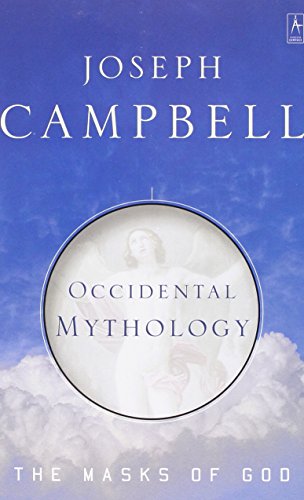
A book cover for Occidental Mythology (Masks of God); Joseph Campbell; Literature & Fiction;